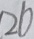
2 6